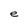
Character: e